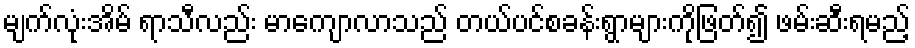
မျက်လုံးအိမ် ရာသီလည်း မာကျောလာသည် တယ်ပင်စခန်းရွာများကိုဖြတ်၍ ဖမ်းဆီးရမည့်